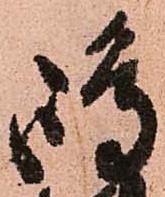
嶋